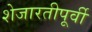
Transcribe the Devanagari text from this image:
शेजारतीपूर्वी